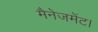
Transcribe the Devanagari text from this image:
मैनेजमेंट।